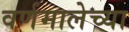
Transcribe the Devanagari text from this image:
वर्णमालेच्या